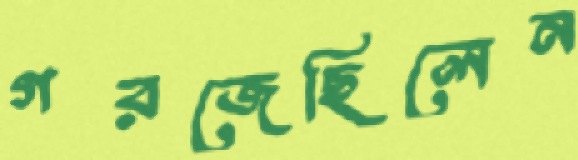
গরজেছিলেন